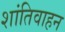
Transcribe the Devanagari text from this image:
शांतिवाहन